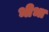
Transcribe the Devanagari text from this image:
भीभा